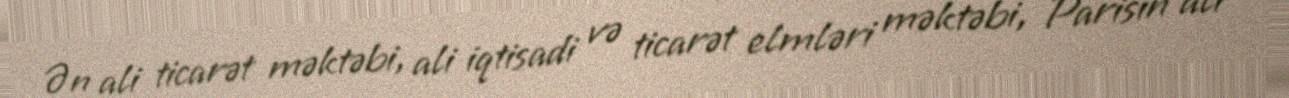
Ən ali ticarət məktəbi, ali iqtisadi və ticarət elmləri məktəbi, Parisin ali